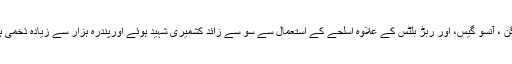
پیلٹ گن ، آنسو گیس، اور ربڑ بلٹس کے علاوہ اسلحے کے استعمال سے سو سے زائد کشمیری شہید ہوئے اورپندرہ ہزار سے زیادہ ذخمی ہوئے ۔